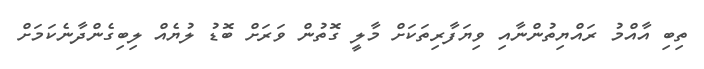
ތިބި އާއްމު ރައްޔިތުންނާއި ވިޔަފާރިތަކަށް މާލީ ގޮތުން ވަރަށް ބޮޑު ލުޔެއް ލިބިގެންދާނެކަމަށް